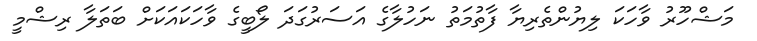
މަޝްހޫރު ވާހަކަ ލިޔުންތެރިޔާ ފާތުމަތު ނަހުލާގެ އަސަރުގަދަ ލޯބީގެ ވާހަަކައަކަށް ބަތަލާ ރިޝްމީ